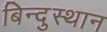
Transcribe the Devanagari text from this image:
बिन्दुस्थान